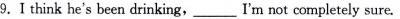
9. I think he's been drinking, ___ I'm not completely sure.